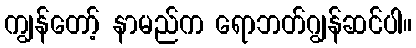
ကျွန်တော့် နာမည်က ရောဘတ်ဂျွန်ဆင်ပါ။